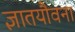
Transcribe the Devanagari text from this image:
ज्ञातयौवना